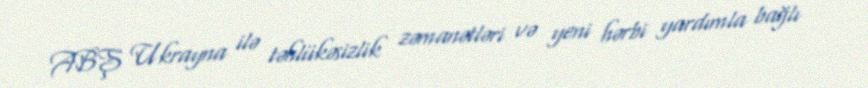
ABŞ Ukrayna ilə təhlükəsizlik zəmanətləri və yeni hərbi yardımla bağlı